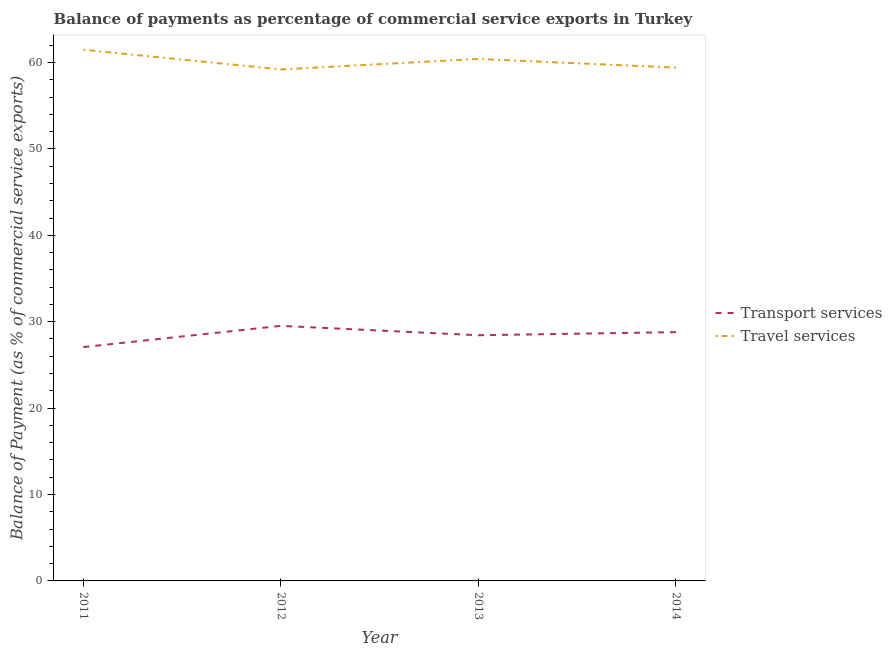
| Year | Transport services | Travel services |
 | --- | --- | --- |
 | 2011 | 27.1 | 61.5 |
 | 2012 | 29.5 | 59.2 |
 | 2013 | 28.4 | 60.4 |
 | 2014 | 28.8 | 59.4 |